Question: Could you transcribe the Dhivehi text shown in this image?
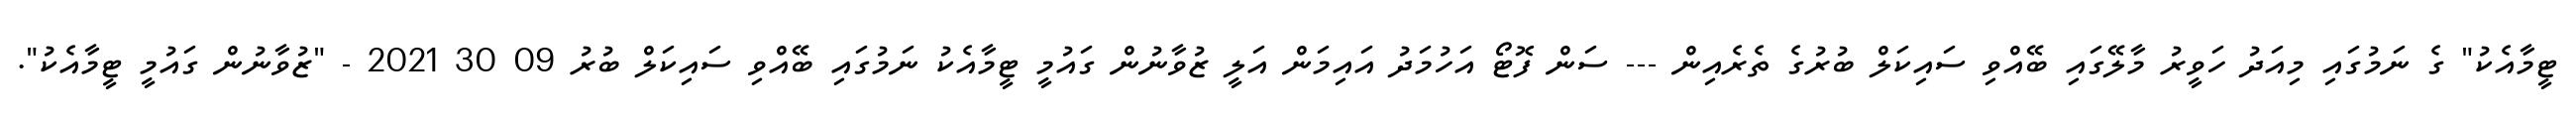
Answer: ޓީމާއެކު" ގެ ނަމުގައި މިއަދު ހަވީރު މާލޭގައި ބޭއްވި ސައިކަލް ބުރުގެ ތެރެއިން --- ސަން ފޮޓޯ އަހުމަދު އައިމަން އަލީ ޒުވާނުން ގައުމީ ޓީމާއެކު ނަމުގައި ބޭއްވި ސައިކަލް ބުރު 09 30 2021 - "ޒުވާނުން ގައުމީ ޓީމާއެކު".